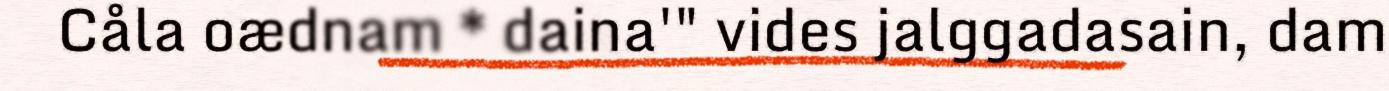
Cåla oædnam * daina'" vides jalggadasain, dam